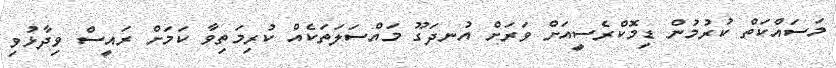
މަސައްކަތް ކުރުމުން ޑިމޮކްރެސީއަށް ވަރަށް އުނދަގޫ މައްސަލަތަކެއް ކުރިމަތިވާ ކަމަށް ރައީސް ވިދާޅުވި